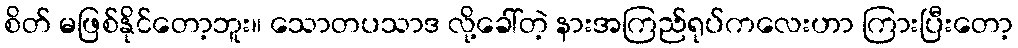
စိတ် မဖြစ်နိုင်တော့ဘူး။ သောတပသာဒ လို့ခေါ်တဲ့ နားအကြည်ရုပ်ကလေးဟာ ကြားပြီးတော့